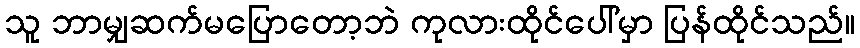
သူ ဘာမျှဆက်မပြောတော့ဘဲ ကုလားထိုင်ပေါ်မှာ ပြန်ထိုင်သည်။